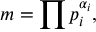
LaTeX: m = \prod p _ { i } ^ { \alpha _ { i } } ,